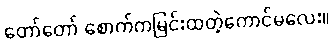
တော်တော် စောက်ကမြင်းထတဲ့ကောင်မလေး။